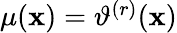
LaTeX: \begin{array}{r}{\mu(\mathbf{x})=\vartheta^{(r)}(\mathbf{x})}\end{array}